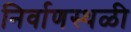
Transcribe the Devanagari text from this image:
निर्वाणस्थळी